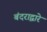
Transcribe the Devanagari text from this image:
बंदराद्वारे